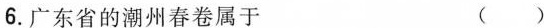
6.广东省的潮州春卷属于 ()